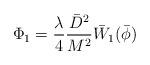
LaTeX: \begin{align*}\Phi_1=\frac{\lambda}{4}\frac{\bar{D}^2}{M^2}\bar{W}_1(\bar{\phi})\end{align*}